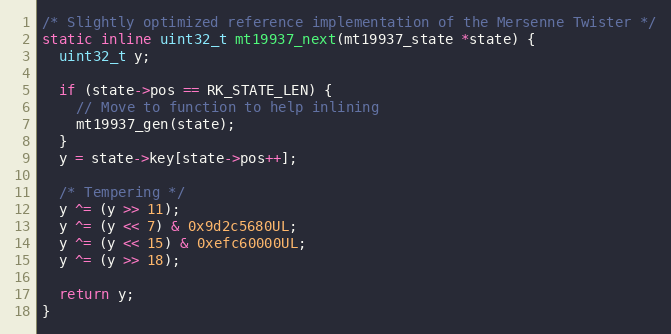
Language: C
/* Slightly optimized reference implementation of the Mersenne Twister */
static inline uint32_t mt19937_next(mt19937_state *state) {
  uint32_t y;

  if (state->pos == RK_STATE_LEN) {
    // Move to function to help inlining
    mt19937_gen(state);
  }
  y = state->key[state->pos++];

  /* Tempering */
  y ^= (y >> 11);
  y ^= (y << 7) & 0x9d2c5680UL;
  y ^= (y << 15) & 0xefc60000UL;
  y ^= (y >> 18);

  return y;
}